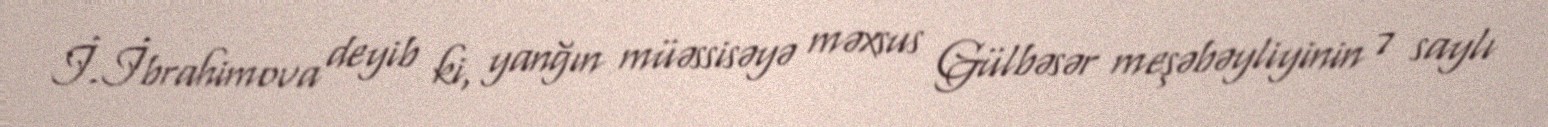
İ.İbrahimova deyib ki, yanğın müəssisəyə məxsus Gülbəsər meşəbəyliyinin 7 saylı